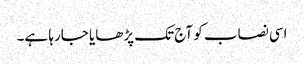
اسی نصاب کو آج تک پڑھایا جارہا ہے۔